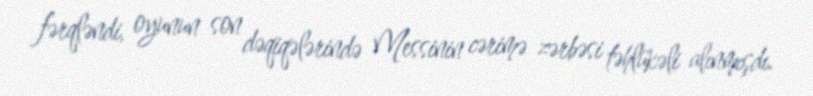
fərqləndi, oyunun son dəqiqələrində Messinin cərimə zərbəsi təhlükəli alınmışdı.